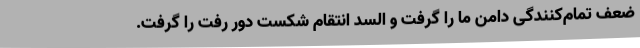
ضعف تمام‌کنندگی دامن ما را گرفت و السد انتقام شکست دور رفت را گرفت.